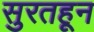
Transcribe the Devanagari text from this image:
सुरतहून